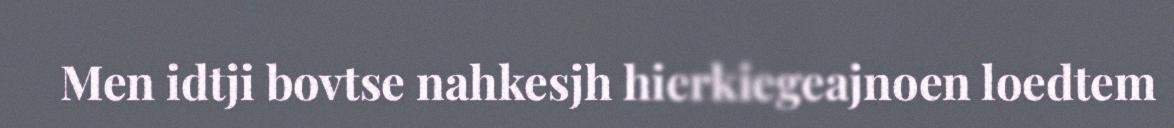
Men idtji bovtse nahkesjh hierkiegeajnoen loedtem